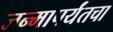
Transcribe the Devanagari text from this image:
जन्मापर्यंतचा